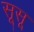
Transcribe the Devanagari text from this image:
सूसू